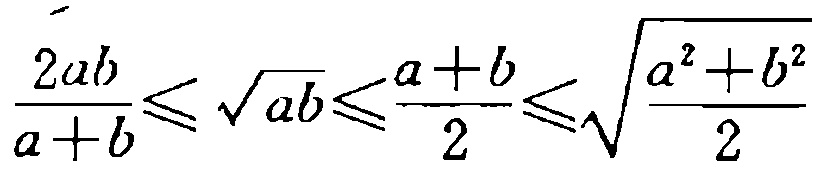
$\frac{2ab}{a + b} \leq \sqrt{ab} \leq \frac{a + b}{2} \leq \sqrt{\frac{a^{2}+b^{2}}{2}}$